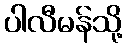
ပါလီမန်သို့